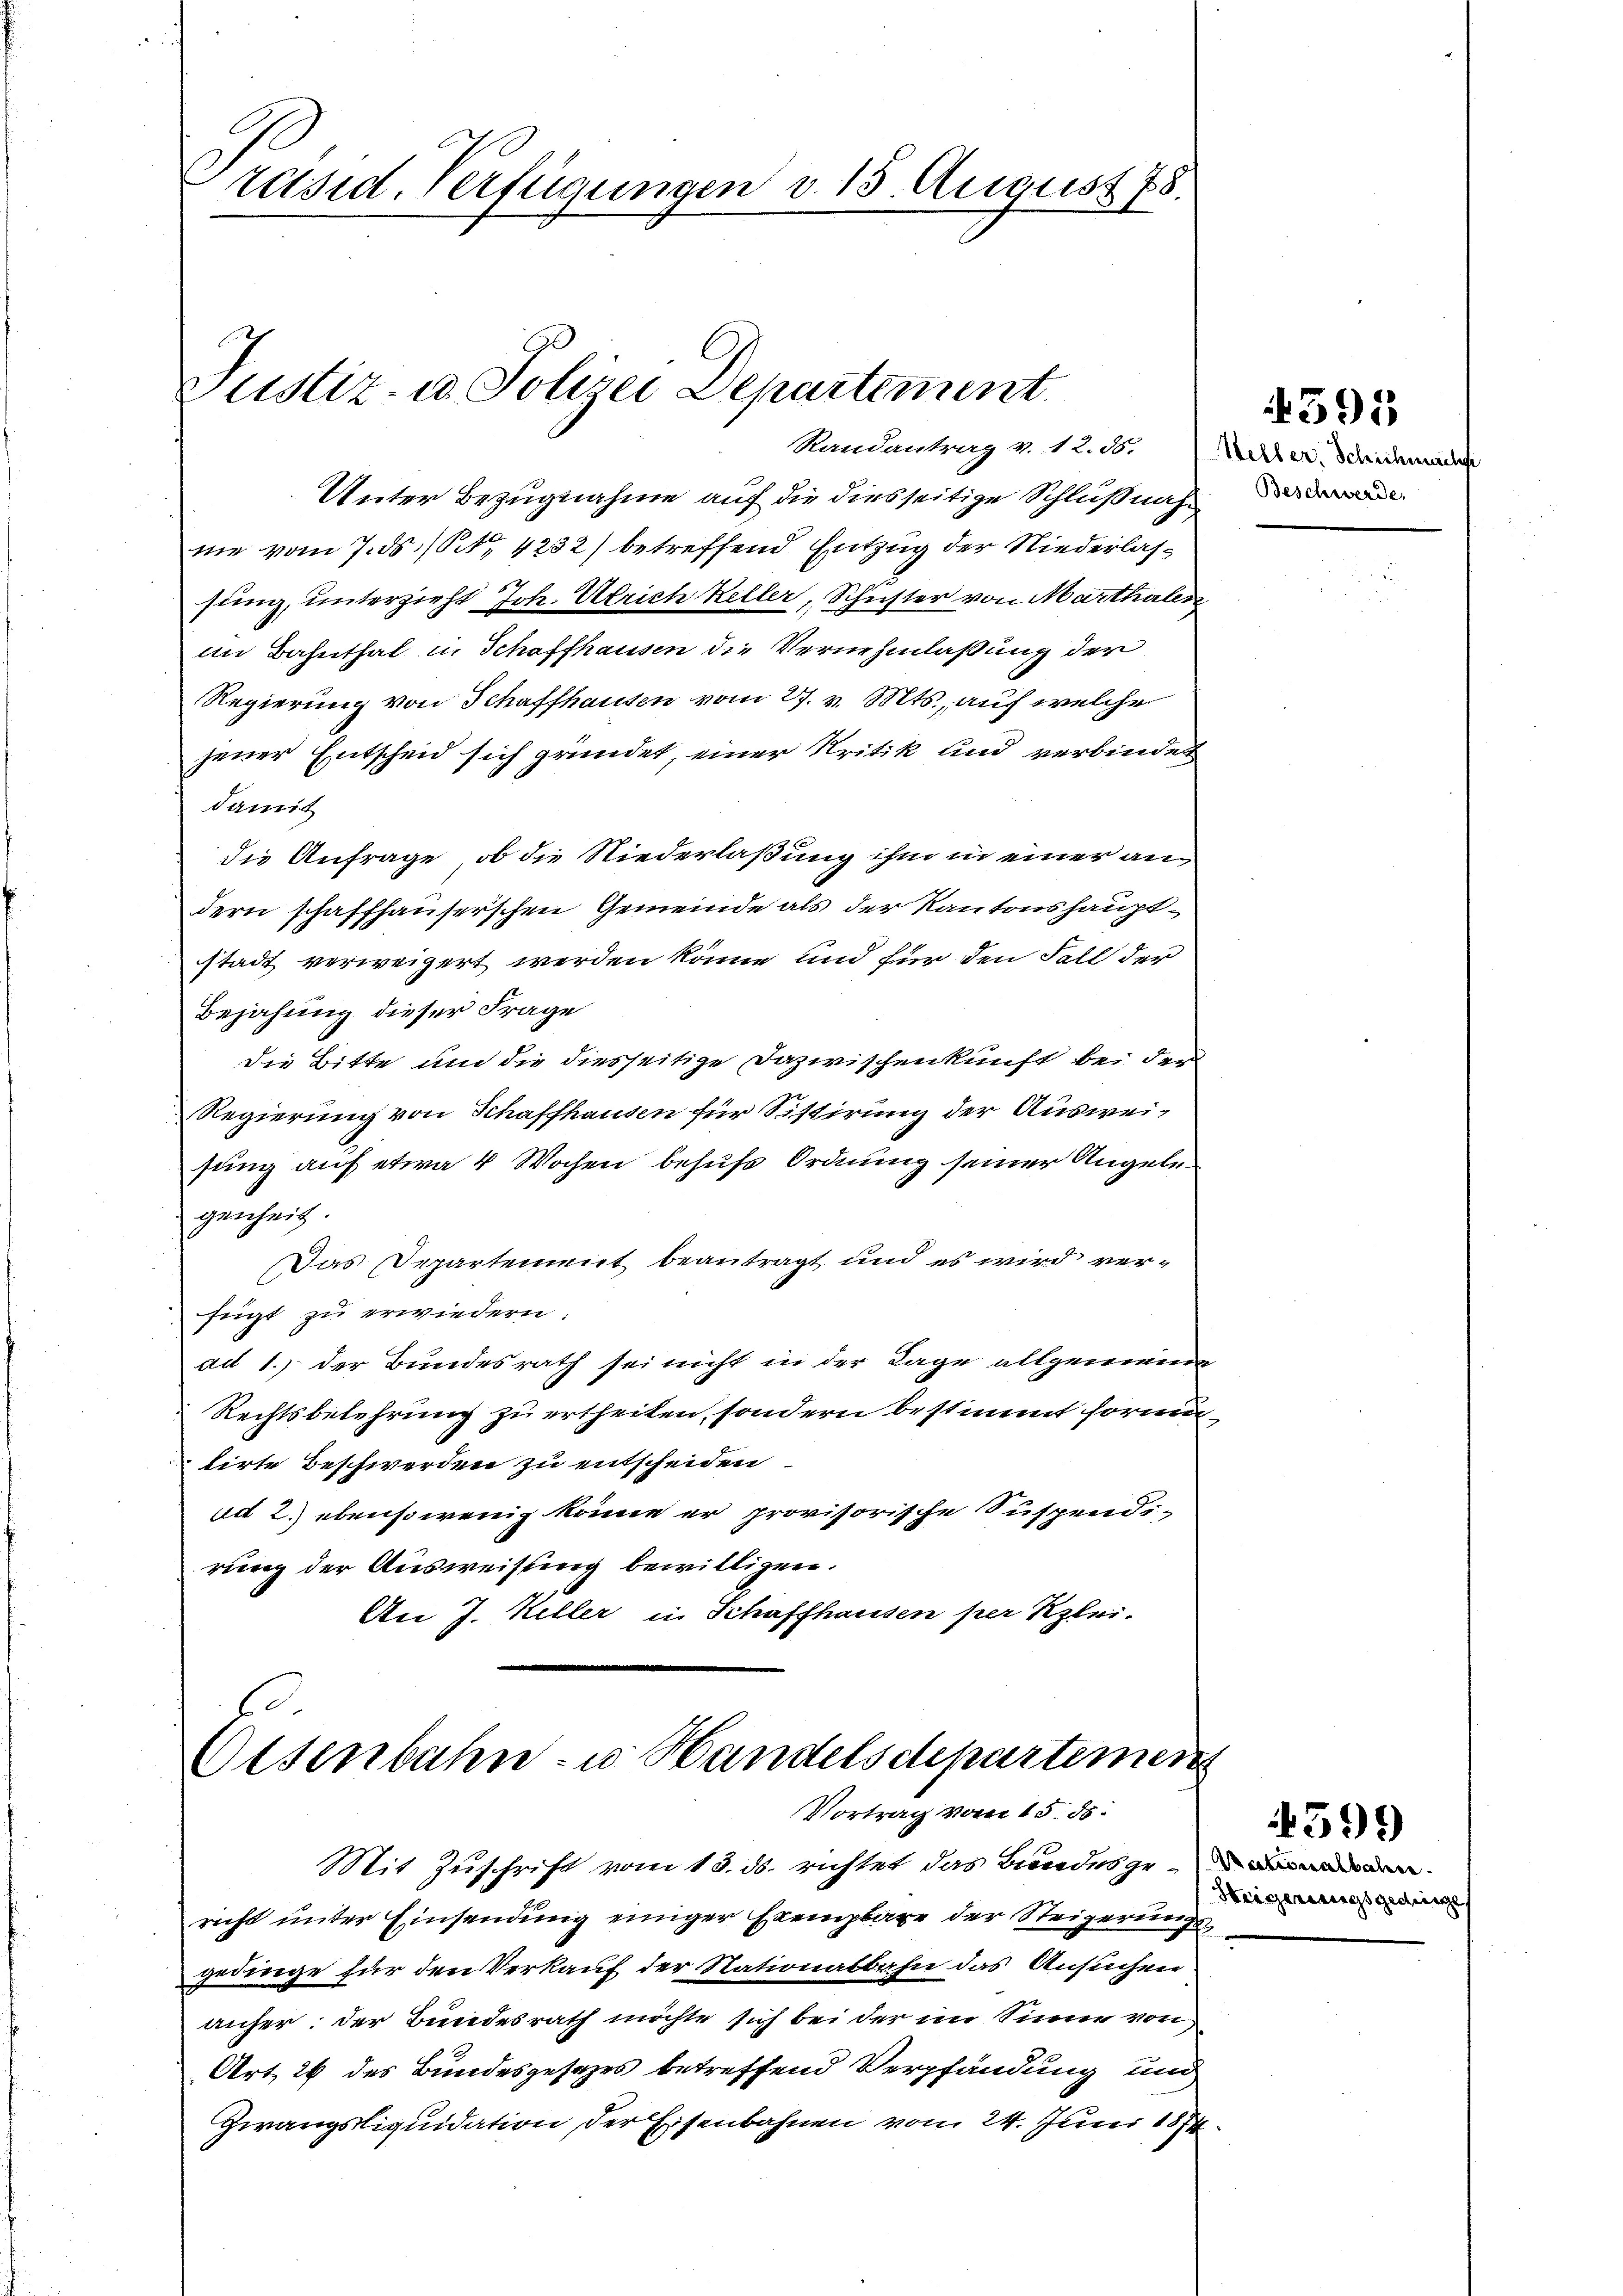
räsid. Verfügungen d. 15. August 78.

Justiz- u. Polizei Departement.
Randantrag v. 12. d. Unter Schideman

Unter Bezugnahme auf die diesseitige Schlußnahnie vom 7. ds. /. 4232) betreffend Entzug der Niederlassung, unterzieht Joh. Ulrich Keller, Schuster von Marthalen
im Bahnthal in Schaffhausen die Vernehmlassung der
Regierung von Schaffhausen vom 27. v. Mts., auf welche
jener Entscheid sich gründet, einer Kritik und verbindet
damit
die Anfrage, ob die Niederlaßung ihm in einer andern schaffhauserschen Gemeinde als der Kantonshauptstadt verweigert werden könne und für den Fall der
Bejahung dieser Frage
die Bitte und die diesseitige Dazwischenkunft bei der
Regierung von Schaffhausen für Sistirung der Ausweisung auf etwa 4 Wochen behufe Ordnung seiner Angelegenheit.
Das Departement beantragt und es wird verfügt zu erwiedern:
ad 1. der Bundesrath sei nicht in der Lage allgemeine
Rechtsbelehrung zu ertheilen, sondern bestimmt formitlirte Beschwerden zu entscheiden
ad 2. ebensowenig könne er provisorische Suspendi-
rung der Ausweisung bewilligen.
An J. Keller in Schaffhausen per Klei

Osenbahn- u. Handelsdepartemen
Vortrag vom 15. ds.

Mit Zuschrift vom 13. ds. richtet das Bundesgerecht unter Einsendung einiger Exemplare der Steigerungsgedinge für den Verkauf der Nationalbahn das Ansuchen
anher der Bundesrath möchte sich bei der im Sinne von
Art 26 des Bundesgesezes betreffend Verpfändung und
Zwangsliquidation der Eisenbahnen vom 24. Juni 1874.

4395

Beschwerde,

Heigerungsgedinge

4599